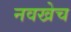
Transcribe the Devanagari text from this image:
नवखेच